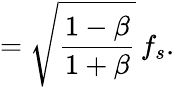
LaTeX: ={\sqrt{\frac{1-\beta}{1+\beta}}}\, f_{s}.